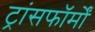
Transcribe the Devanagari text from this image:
ट्रांसफॉर्मों